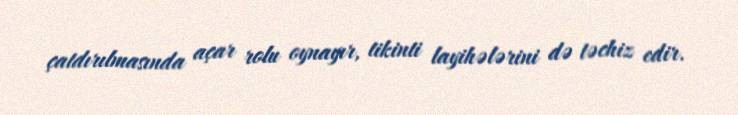
çatdırılmasında açar rolu oynayır, tikinti layihələrini də təchiz edir.